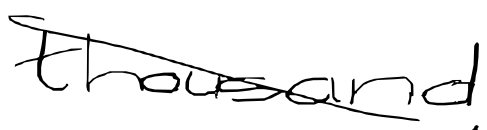
Text: thousand
Cross-out: diagonal
Writing tool: digital_black